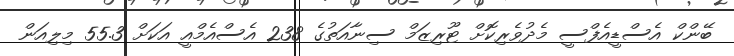
ބޭންކް އެސްޑީއެފްސީ މެދުވެރިކޮށް ޓޫރިޒަމް ސިނާއަތުގެ 238 އެސްއެމްއީ އަކަށް 55.3 މިލިއަން